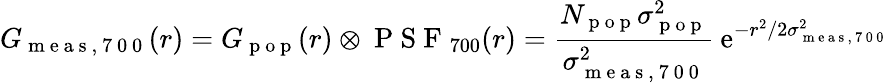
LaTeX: G_{\mathrm{~m~e~a~s~,~7~0~0~}}(r)=G_{\mathrm{~p~o~p~}}(r)\otimes\mathrm{~P~S~F~}_{700}(r)=\frac{N_{\mathrm{~p~o~p~}}\sigma_{\mathrm{~p~o~p~}}^{2}}{\sigma_{\mathrm{~m~e~a~s~,~7~0~0~}}^{2}}\: \mathrm{e}^{-r^{2}/2\sigma_{\mathrm{~m~e~a~s~,~7~0~0~}}^{2}}